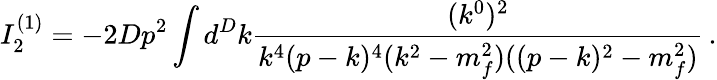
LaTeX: I_{2}^{(1)}=-2Dp^{2}\int d^{D}k\frac{(k^{0})^{2}}{k^{4}(p-k)^{4}(k^{2}-m_{f}^{2})((p-k)^{2}-m_{f}^{2})}\, .